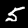
Digit: 5